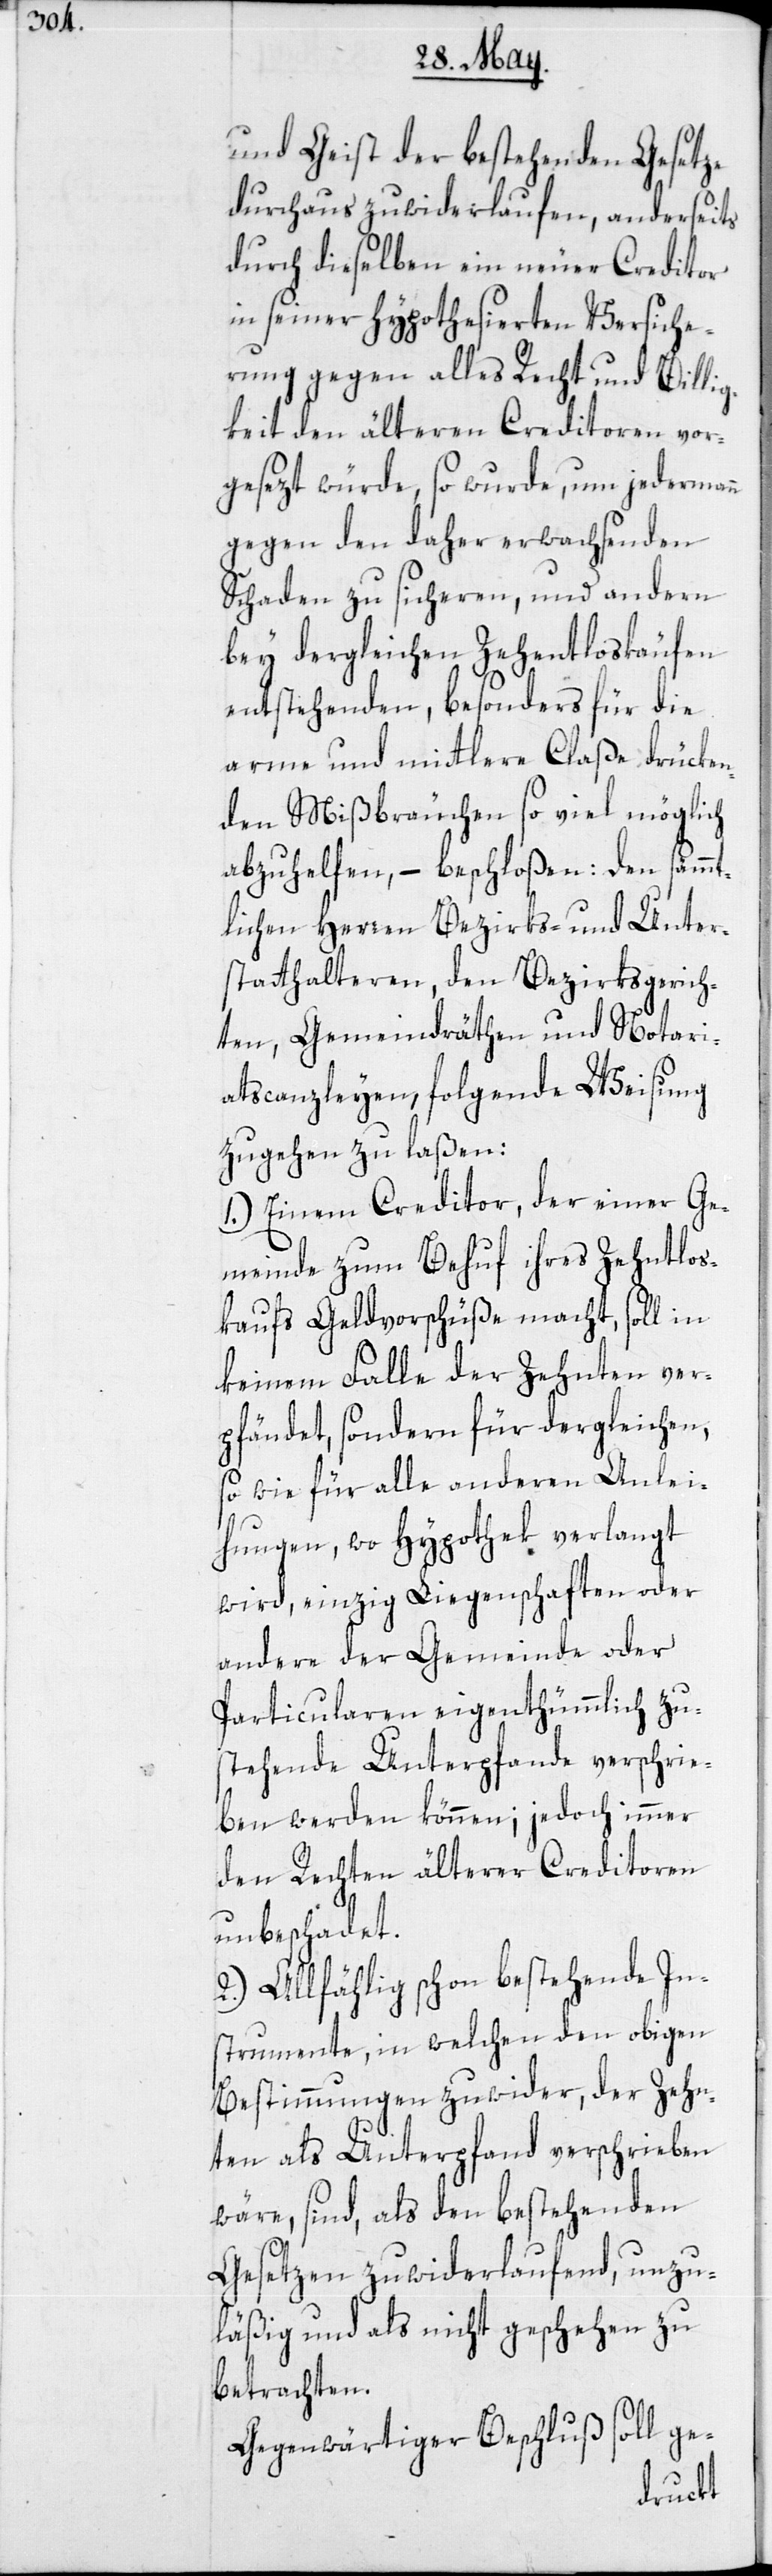
und Geist der bestehenden Gesetze
durchaus zuwiderlaufen, anderseits
durch dieselben ein neuer Creditor
in seiner hypothesierten Versiche¬
rung gegen alles Recht und Billig¬
keit den älteren Creditoren vor¬
gesezt würde, so wurde, um jedermann
gegen den daher erwachsenden
Schaden zu sicheren, und andern
bey dergleichen Zehentloskäufen
entstehenden, besonders für die
arme und mittlere Claße drücken¬
den Mißbräuche so viel möglich
lichen Herren Bezirks- und Unter¬
statthalteren, den Bezirksgerich¬
ten, Gemeindräthen und Notari¬
atscanzleyen, folgende Weisung
zugehen zu laßen:
1.) Einem Creditor, der einer Ge¬
meinde zum Behuf ihres Zehntlos¬
kaufs Geldvorschüße macht, soll in
keinem Falle der Zehnten ver¬
pfändet, sondern für dergleichen
so wie für alle anderen Anlei¬
hungen, wo Hypothek verlangt
wird, einzig Liegenschaften oder
andere der Gemeinde oder
Particularen eigenthümmlich zu¬
stehende Unterpfande verschrie¬
ben werden können; jedoch immer
den Rechten älterer Creditoren
unbeschadet.
2.) Allfählig schon bestehende In¬
strumente, in welchen den obigen
Bestimmungen zuwider, der Zehn¬
ten als Unterpfand verschrieben
wäre, sind, als den bestehenden
Gesetzen zuwiderlaufend, unzu¬
läßig und als nicht geschehen zu
betrachten.
Gegenwärtiger Beschluß soll ge-
sämmt¬